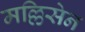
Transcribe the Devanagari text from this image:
मल्लिसेन